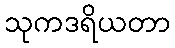
သုကဒရိယတာ